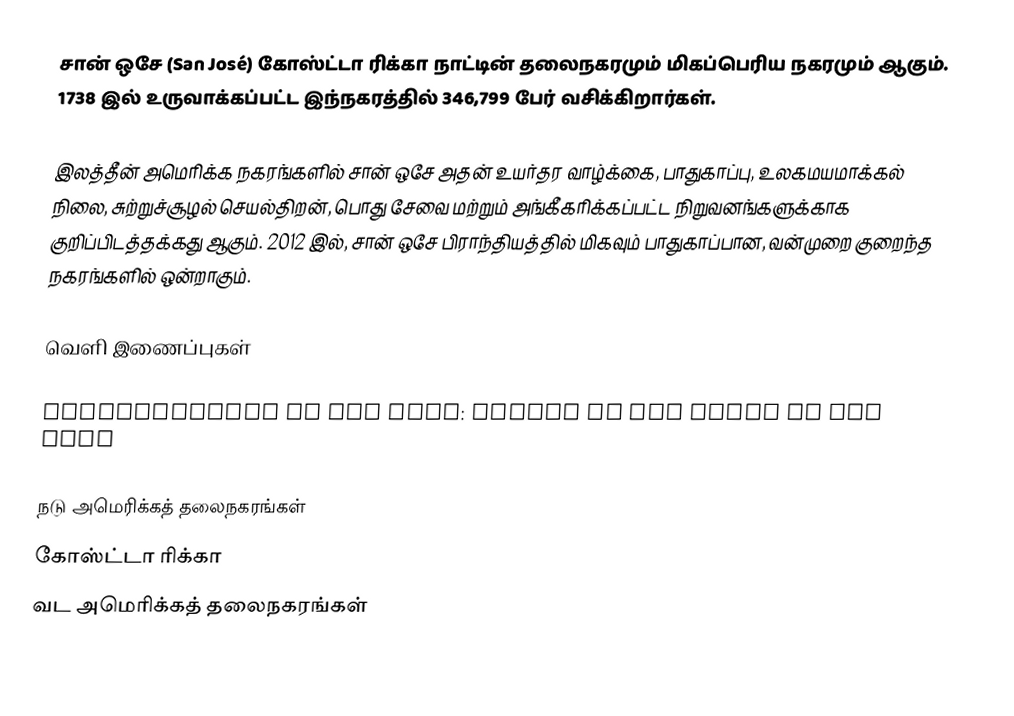
சான் ஒசே (San José) கோஸ்ட்டா ரிக்கா நாட்டின் தலைநகரமும் மிகப்பெரிய நகரமும் ஆகும். 1738 இல் உருவாக்கப்பட்ட இந்நகரத்தில் 346,799 பேர் வசிக்கிறார்கள்.

இலத்தீன் அமெரிக்க நகரங்களில் சான் ஒசே அதன் உயர்தர வாழ்க்கை, பாதுகாப்பு, உலகமயமாக்கல் நிலை, சுற்றுச்சூழல் செயல்திறன், பொது சேவை மற்றும் அங்கீகரிக்கப்பட்ட நிறுவனங்களுக்காக குறிப்பிடத்தக்கது ஆகும். 2012 இல், சான் ஒசே பிராந்தியத்தில் மிகவும் பாதுகாப்பான, வன்முறை குறைந்த நகரங்களில் ஒன்றாகும்.

வெளி இணைப்புகள்

Municipalidad de San José: office of the Mayor of San José

நடு அமெரிக்கத் தலைநகரங்கள்
கோஸ்ட்டா ரிக்கா
வட அமெரிக்கத் தலைநகரங்கள்